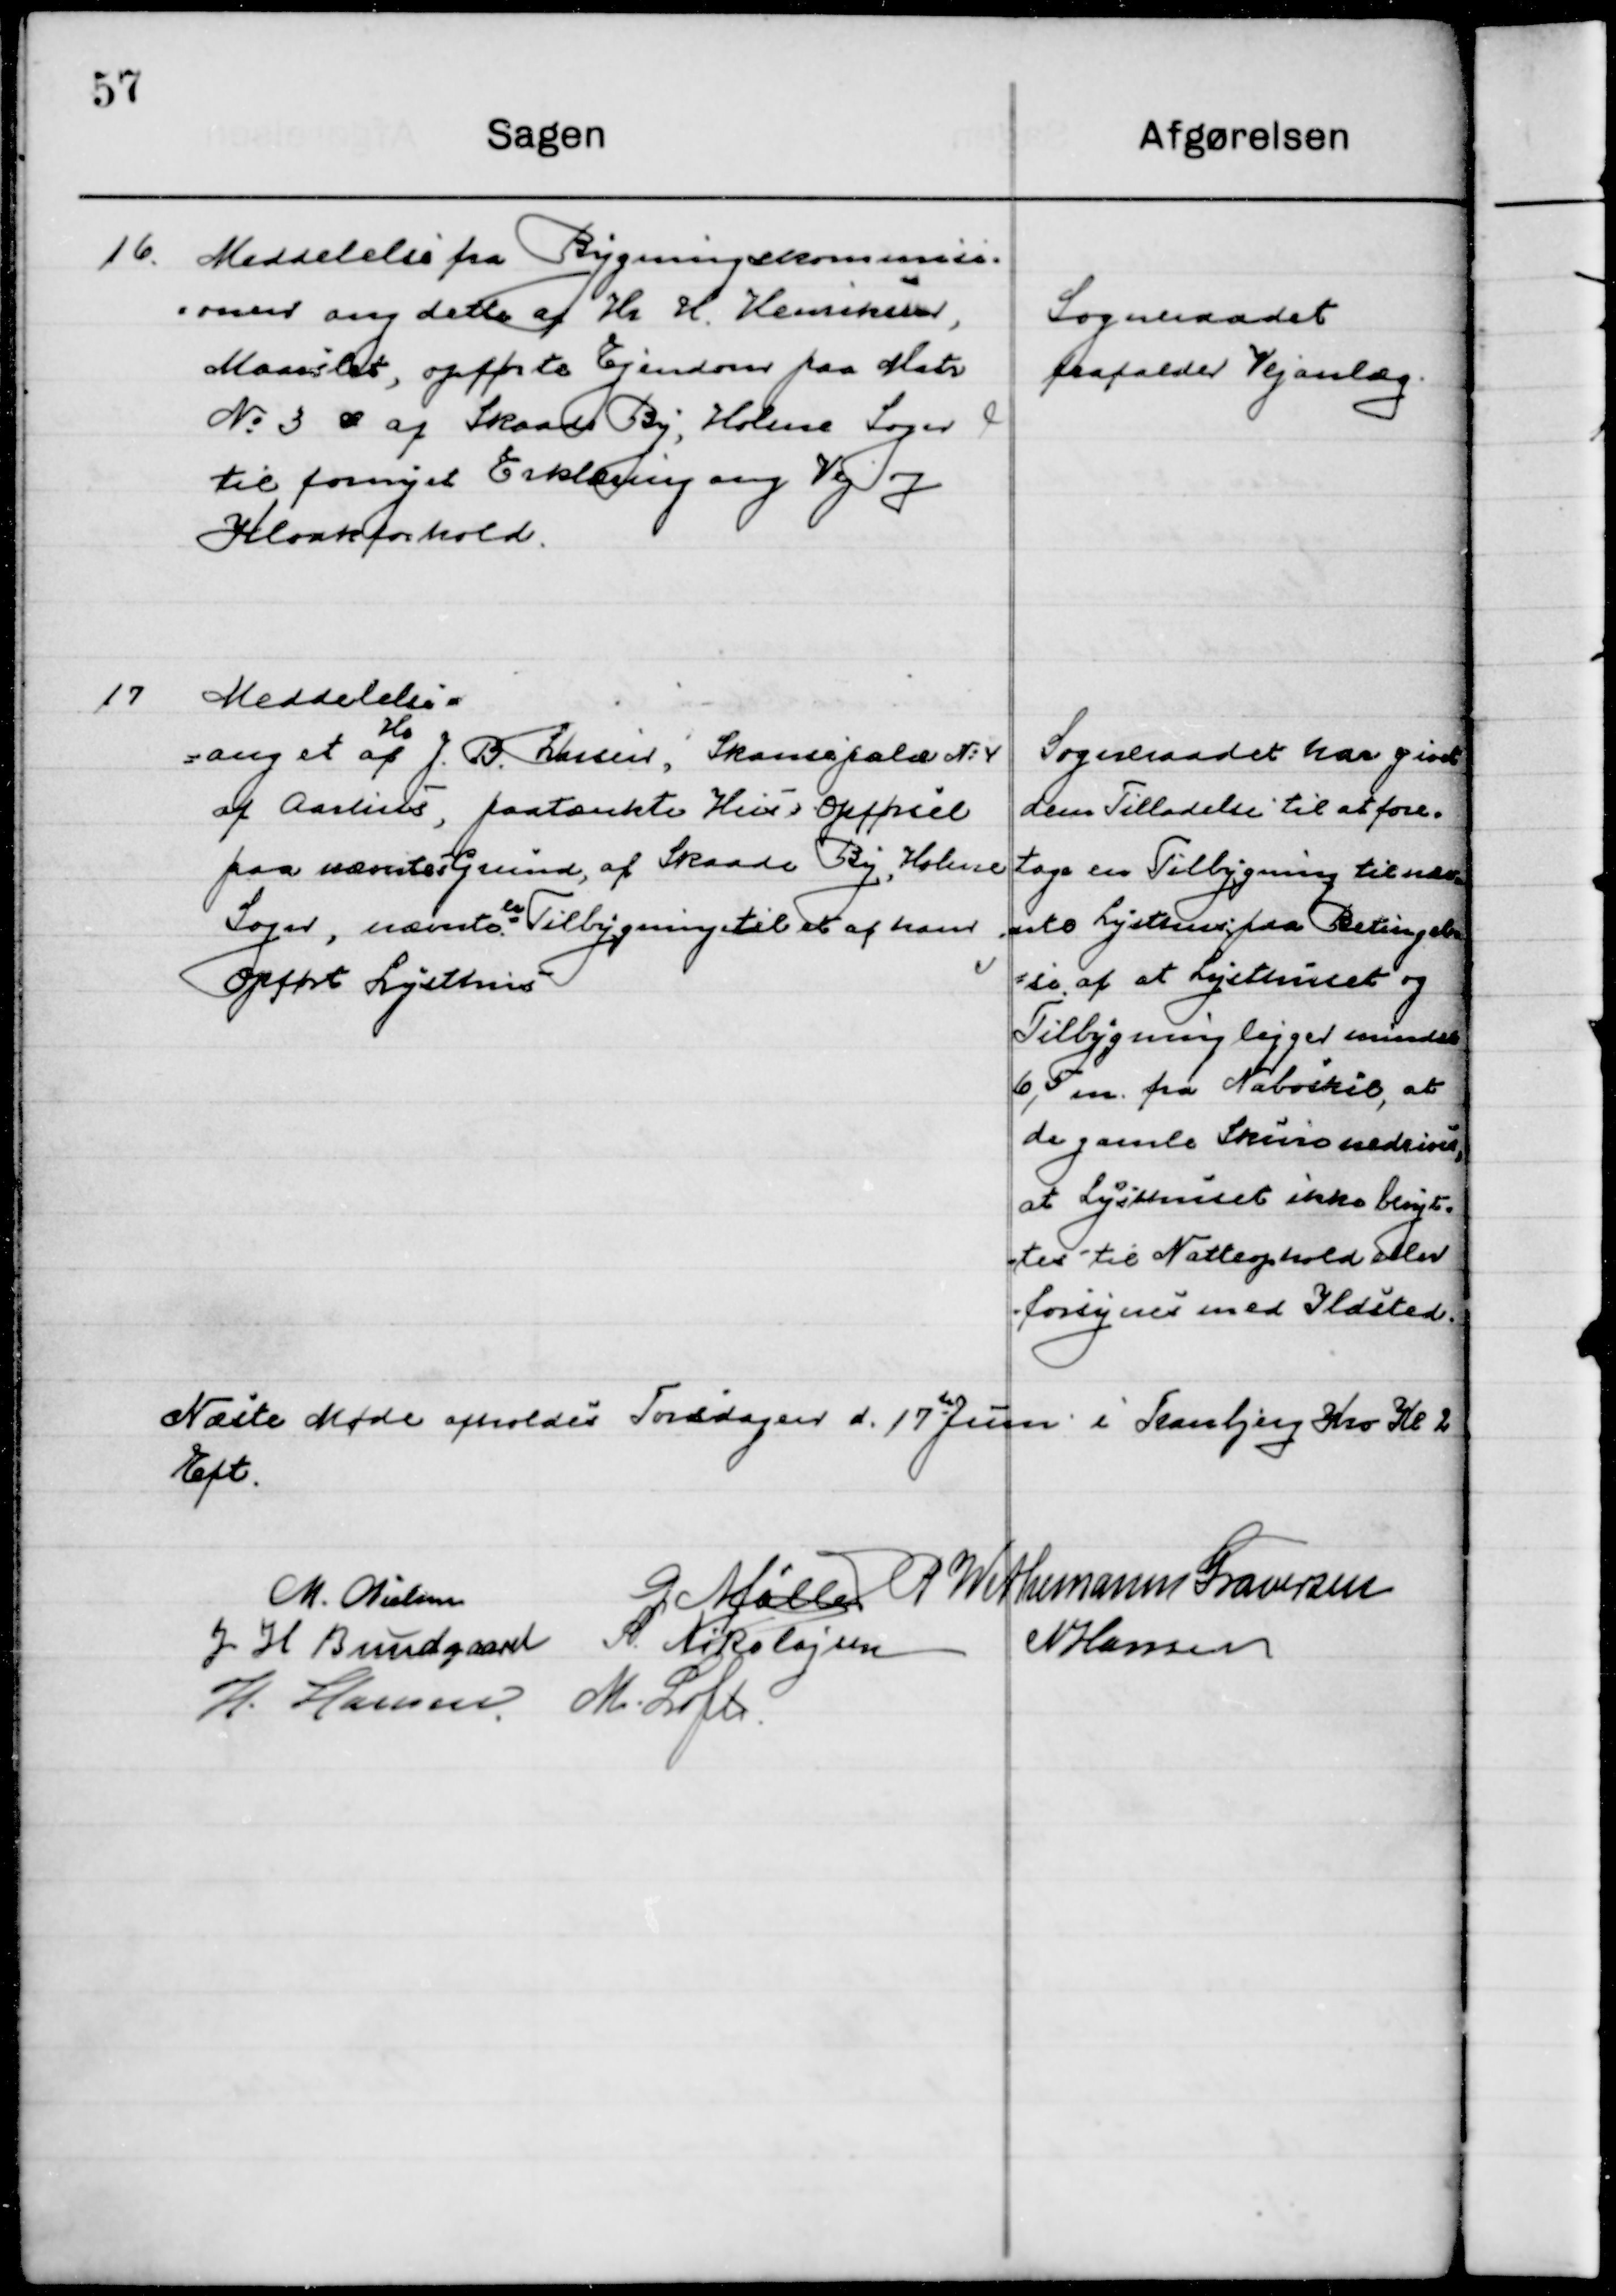
Transskription:
16

Meddelelse fra Bygningskommissi-
onen ang. dette af Hr. H. Henriksen,
Maarslet, opførte Ejendom paa Matr.
No. 3 æ af Skaade By, Holme Sogn
til fornyet Erklæring ang. Vej og 
Kloakforhold.

Sogneraadet
frafalder Vejanlæg

17

Meddelelse 
ang. Et af 
Hr. 
J. B. Larsen, Sansefald No. 4
af Aarhus, paatænkte Hus ´s Opførsel
paa nævntes Grund, af Skaade By, Holme
Sogn, nævnte er Tilbygning til et af hans
opførte Lysthus.

Sogneraadet har givet
dem Tilladelse til at fore-
tage en Tilbygning til nævn-
te Lydende paa Betingelse
af at Lysthuset og 
Tilbygning ligger mindre
6,5 m fra Naboskel, at 
de gamle Skure nedrives,
at Lysthuset ikke benyt-
tes til Natophold eller
forsynes med Ildsted.

Næste Møde afholdes Torsdagen d. 17 Juni  i Tranbjerg Kro Kl. 2 
Eft.

M. Nielsen
G. Møller
P. Wethemann Graversen
J. H. Bundgaard
S. Nikolajsen
N. Hansen
H. Hansen
M. Loft.